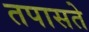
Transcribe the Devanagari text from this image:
तपासते